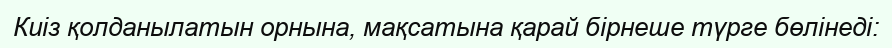
Киіз қолданылатын орнына, мақсатына қарай бірнеше түрге бөлінеді: